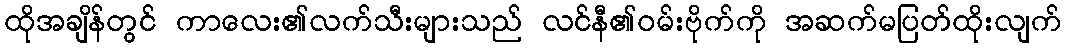
ထိုအချိန်တွင် ကာလေး၏လက်သီးများသည် လင်နီ၏ဝမ်းဗိုက်ကို အဆက်မပြတ်ထိုးလျက်